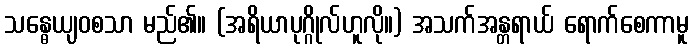
သန္ဓေယျဝစသာ မည်၏။ (အရိယာပုဂ္ဂိုလ်ဟူလို။) အသက်အန္တရာယ် ရောက်စေကာမူ